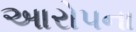
આરોપના